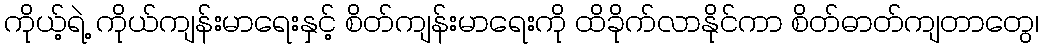
ကိုယ့်ရဲ့ ကိုယ်ကျန်းမာရေးနှင့် စိတ်ကျန်းမာရေးကို ထိခိုက်လာနိုင်ကာ စိတ်ဓာတ်ကျတာတွေ၊